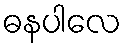
ဓနပါလေ